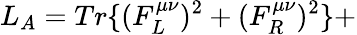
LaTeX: L_{A}=Tr\{ (F_{L}^{\mu\nu})^{2}+(F_{R}^{\mu\nu})^{2}\} +